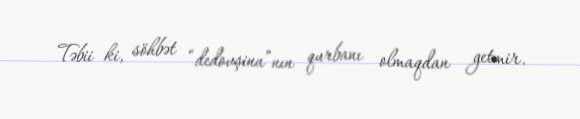
Təbii ki, söhbət “dedovşina”nın qurbanı olmaqdan getmir.